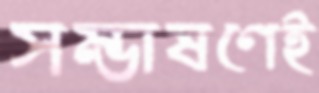
সম্ভাষণেই